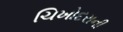
ચિખોદરાની